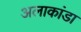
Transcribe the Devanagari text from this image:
अलाकांडा